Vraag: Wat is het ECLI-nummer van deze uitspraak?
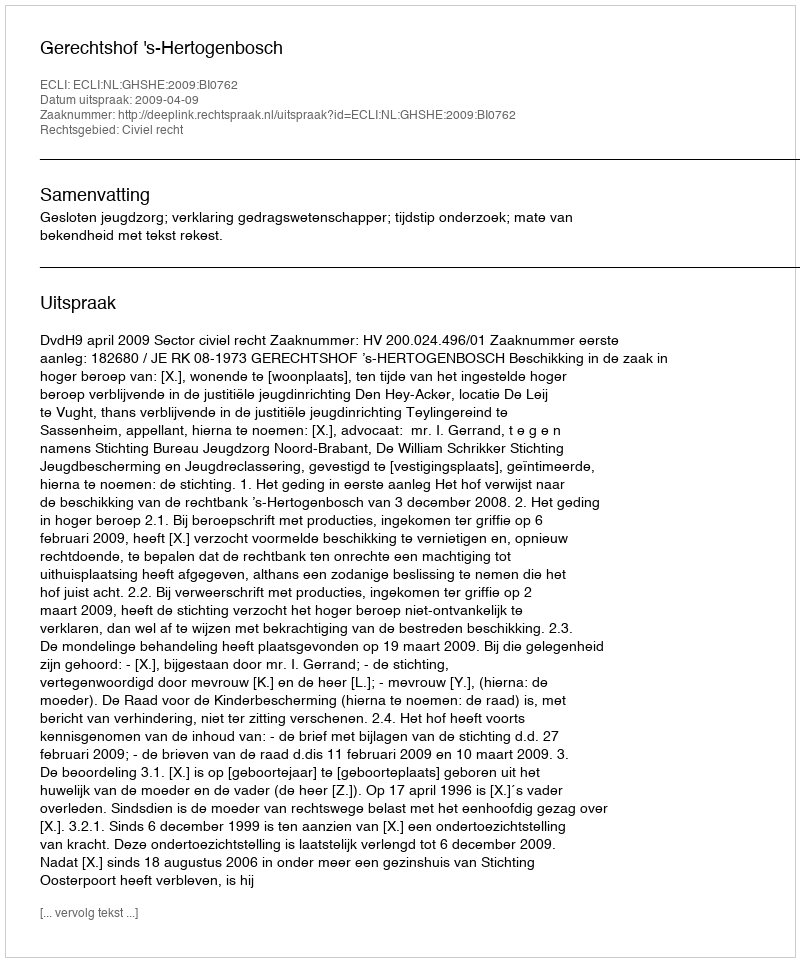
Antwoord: ECLI:NL:GHSHE:2009:BI0762